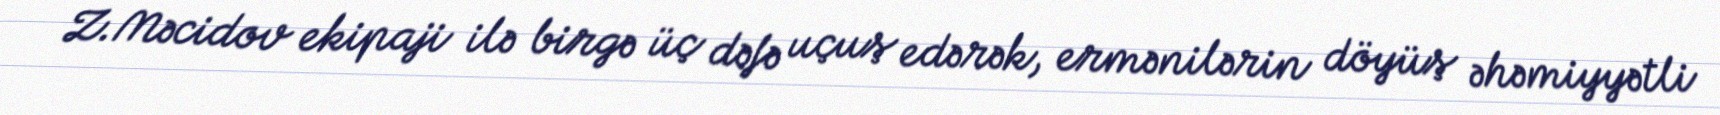
Z.Məcidov ekipaji ilə birgə üç dəfə uçuş edərək, ermənilərin döyüş əhəmiyyətli